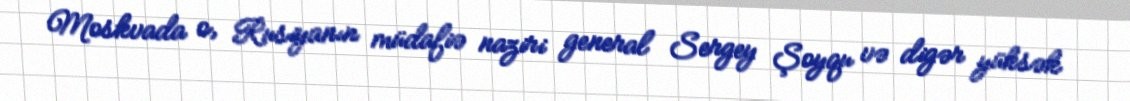
Moskvada o, Rusiyanın müdafiə naziri general Sergey Şoyqu və digər yüksək